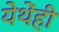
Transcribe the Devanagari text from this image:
येथेंही